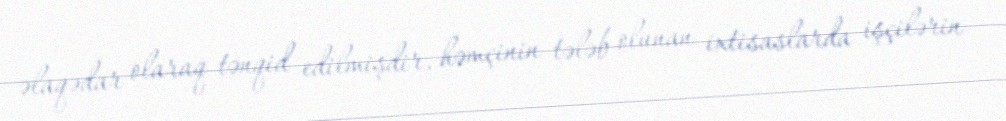
əlaqədar olaraq tənqid edilmişdir, həmçinin tələb olunan ixtisaslarda işçilərin